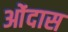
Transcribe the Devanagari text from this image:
ओंदास